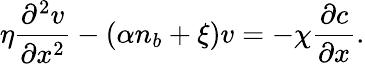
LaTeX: \eta\frac{\partial^{2}v}{\partial x^{2}}-(\alpha n_{b}+\xi)v=-\chi\frac{\partial c}{\partial x}.